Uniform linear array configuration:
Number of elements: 8
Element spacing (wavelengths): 0.5
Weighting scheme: hamming
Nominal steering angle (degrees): -15
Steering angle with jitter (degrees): -16.865
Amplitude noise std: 0.05
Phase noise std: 0.05

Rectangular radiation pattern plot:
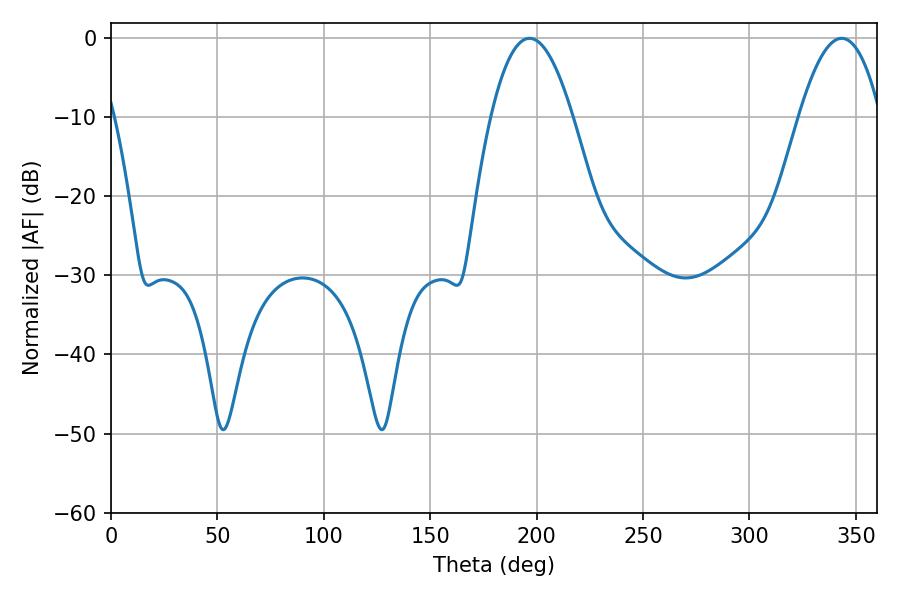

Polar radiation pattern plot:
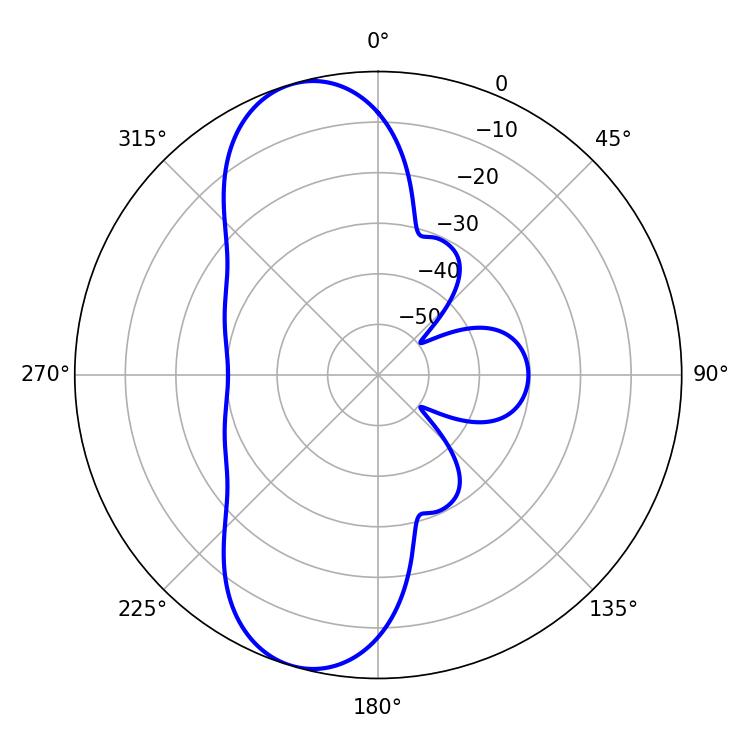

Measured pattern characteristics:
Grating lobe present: FALSE
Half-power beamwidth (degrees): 21.06
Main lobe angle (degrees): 196.74